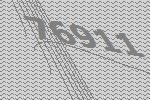
76911